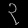
Digit: ၃